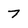
Character: 7